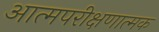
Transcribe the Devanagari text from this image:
आत्मपरीक्षणात्मक